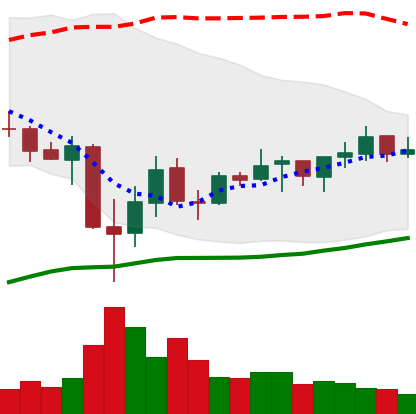
Ticker: ADA-USD
Chart end date: 2021-07-06
Forward return: -4.93%
Label: down_3_5